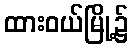
ထားဝယ်မြို့၌